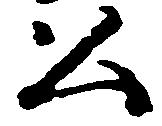
公